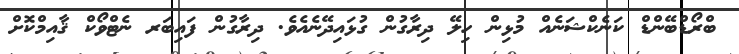
ބްރޯޑްބޭންޑް ކަނެކްޝަނެއް މުޅިން ހިލޭ ދިރާގުން ގުޅައިދޭނެއެވެ. ދިރާގުން ފައިބަރ ނެޓްވޯކް ޤާއިމްކޮށް